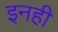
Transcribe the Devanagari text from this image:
इनही